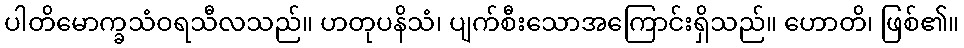
ပါတိမောက္ခသံဝရသီလသည်။ ဟတုပနိသံ၊ ပျက်စီးသောအကြောင်းရှိသည်။ ဟောတိ၊ ဖြစ်၏။